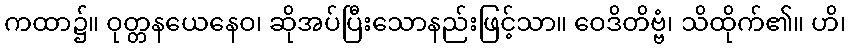
ကထာ၌။ ဝုတ္တနယေနေဝ၊ ဆိုအပ်ပြီးသောနည်းဖြင့်သာ။ ဝေဒိတိဗ္ဗံ၊ သိထိုက်၏။ ဟိ၊